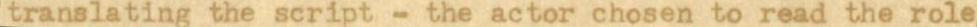
translating the script - the actor chosen to read the role